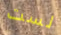
لست